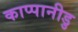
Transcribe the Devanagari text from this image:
काप्पानीडु